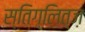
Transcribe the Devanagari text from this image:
स्तिग्लित्ज़